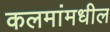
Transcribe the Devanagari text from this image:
कलमांमधील